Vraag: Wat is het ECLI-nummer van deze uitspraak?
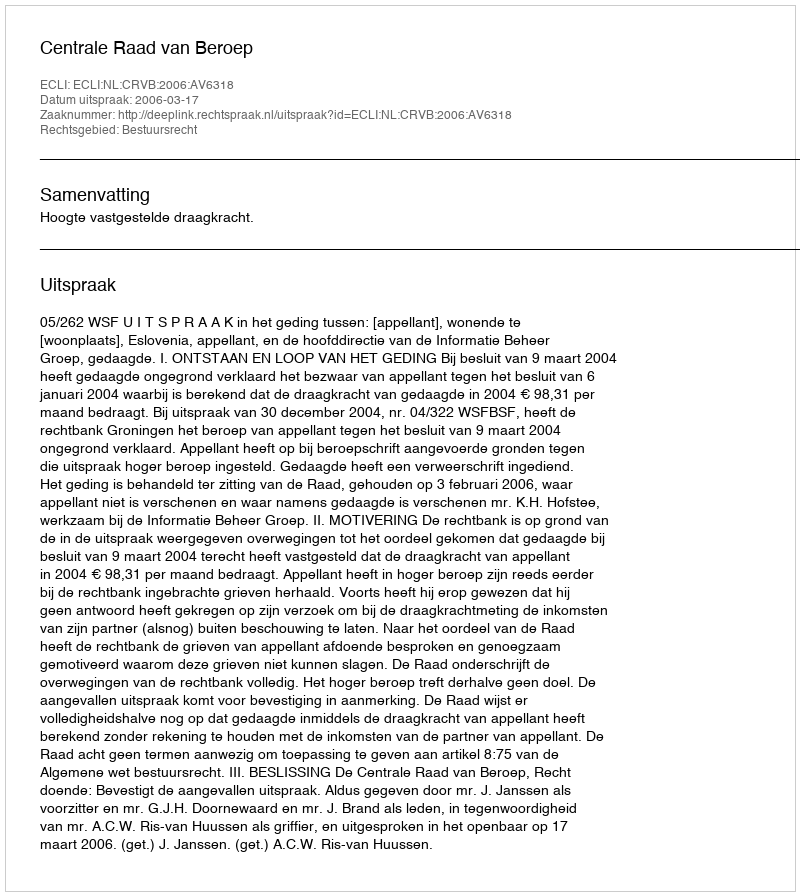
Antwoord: ECLI:NL:CRVB:2006:AV6318